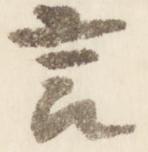
言